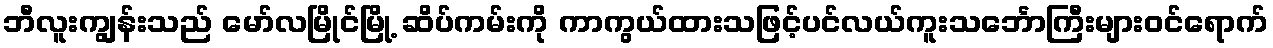
ဘီလူးကျွန်းသည် မော်လမြိုင်မြို့ ဆိပ်ကမ်းကို ကာကွယ်ထားသဖြင့်ပင်လယ်ကူးသင်္ဘောကြီးများဝင်ရောက်